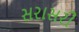
સરાસરી